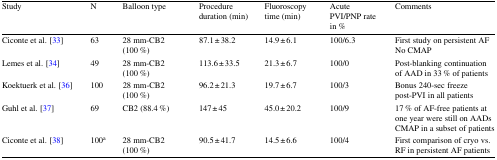
| Study | N | Balloon type | Procedure duration (min) | Fluoroscopy time (min) | Acute PVI/PNP rate in % | Comments |
 | --- | --- | --- | --- | --- | --- | --- |
 | Ciconte et al. [33] | 63 | 28 mm-CB2 (100 %) | 87.1 ± 38.2 | 14.9 ± 6.1 | 100/6.3 | First study on persistent AFNo CMAP |
 | Lemes et al. [34] | 49 | 28 mm-CB2 (100 %) | 113.6 ± 33.5 | 21.3 ± 6.7 | 100/0 | Post-blanking continuation of AAD in 33 % of patients |
 | Koektuerk et al. [36] | 100 | 28 mm-CB2 (100 %) | 96.2 ± 21.3 | 19.7 ± 6.7 | 100/3 | Bonus 240-sec freeze post-PVI in all patients |
 | Guhl et al. [37] | 69 | CB2 (88.4 %) | 147 ± 45 | 45.0 ± 20.2 | 100/9 | 17 % of AF-free patients at one year were still on AADsCMAP in a subset of patients |
 | Ciconte et al. [38] | 100a | 28 mm-CB2 (100 %) | 90.5 ± 41.7 | 14.5 ± 6.6 | 100/4 | First comparison of cryo vs. RF in persistent AF patients |